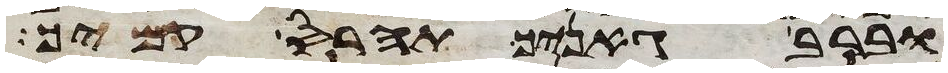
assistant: וברב גאניך תהרס קמיך